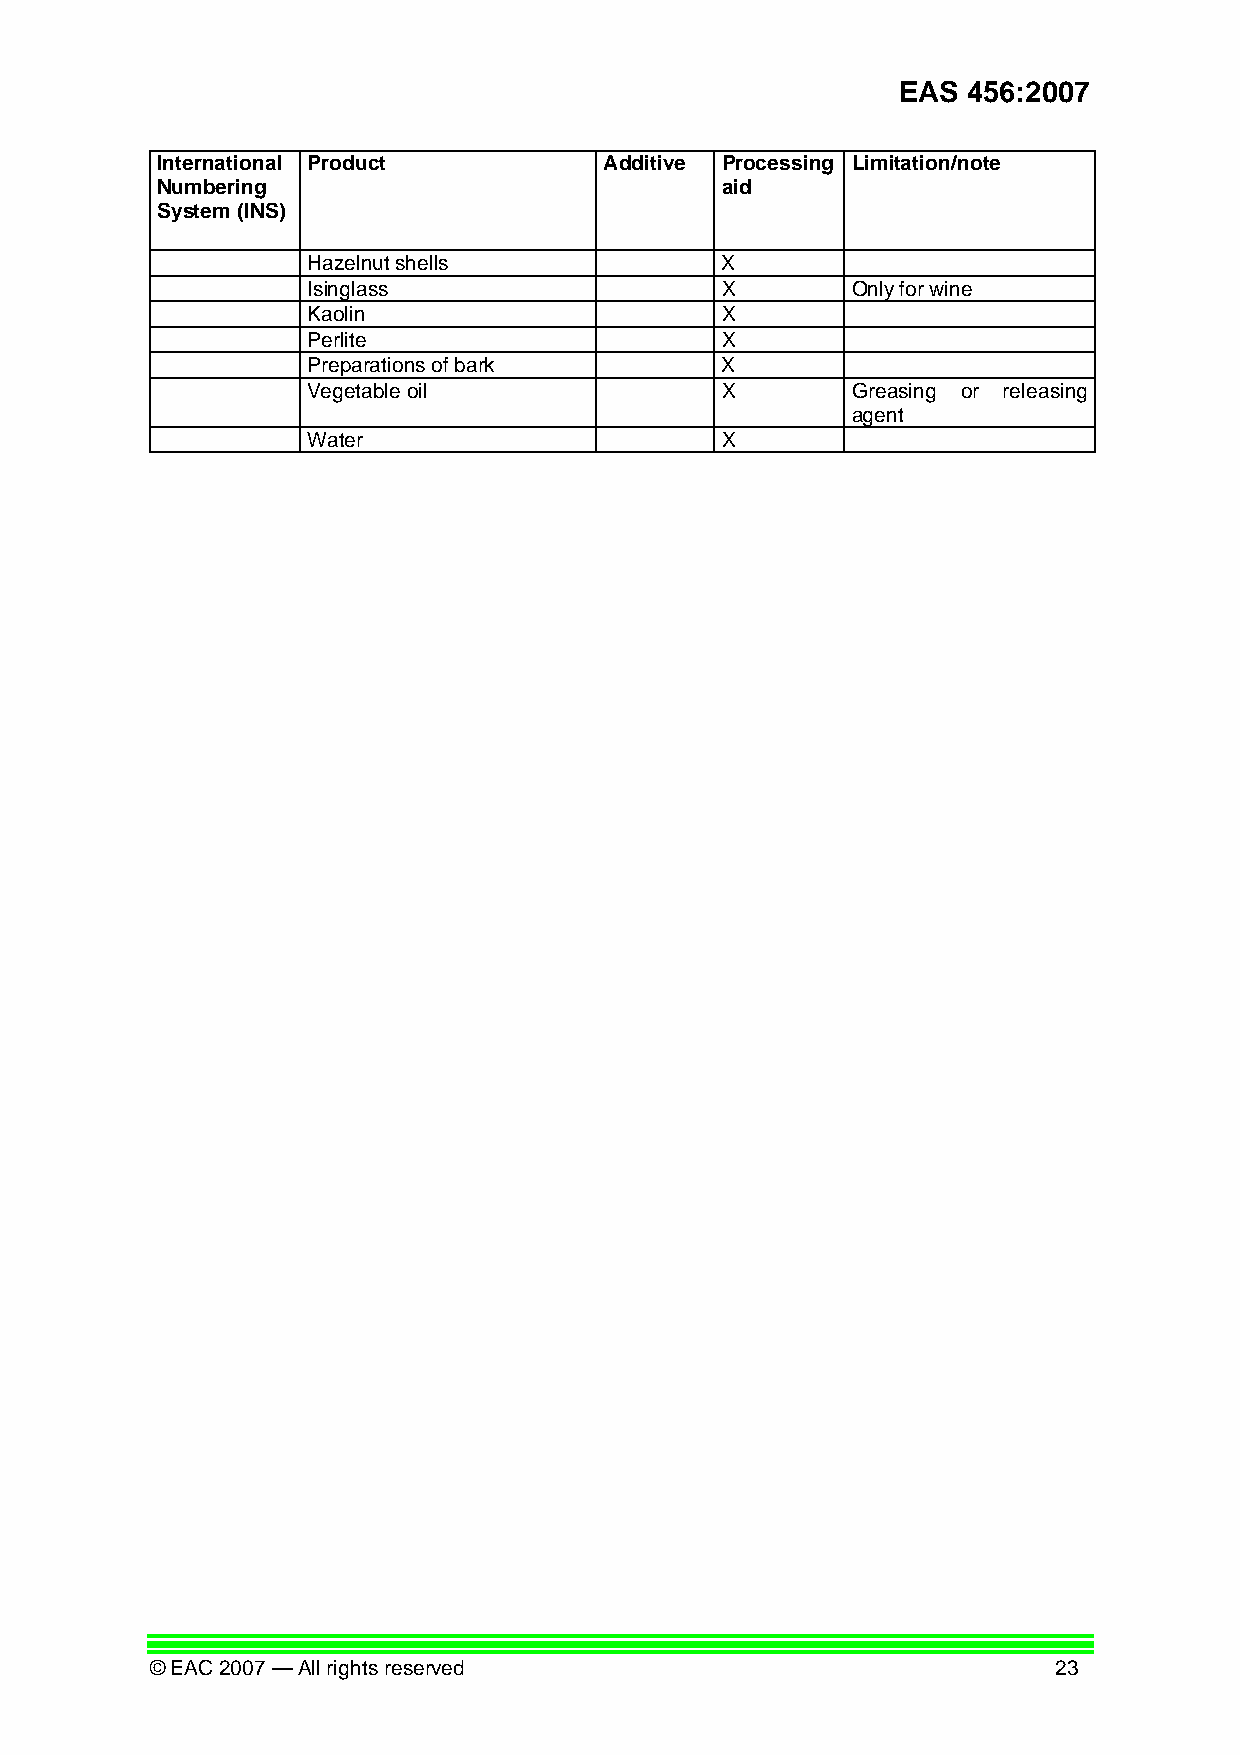
EAS  456:2007
 International Product         Additive Processing Limitation/note
 Numbering                             aid
 System (INS)
 Hazelnut shells             X
 Isinglass                   X       Only for wine
 Kaolin                      X
 Perlite                     X
 Preparations of bark        X
 Vegetable oil               X       Greasing or releasing
 agent
 Water                       X
 © EAC 2007 — All rights reserved                            23